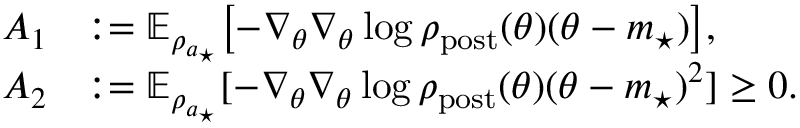
\begin{array} { r l } { A _ { 1 } } & { : = \mathbb { E } _ { \rho _ { a _ { \star } } } \bigl [ - \nabla _ { \theta } \nabla _ { \theta } \log \rho _ { \mathrm { p o s t } } ( \theta ) ( \theta - m _ { \star } ) \bigr ] , } \\ { A _ { 2 } } & { : = \mathbb { E } _ { \rho _ { a _ { \star } } } [ - \nabla _ { \theta } \nabla _ { \theta } \log \rho _ { \mathrm { p o s t } } ( \theta ) ( \theta - m _ { \star } ) ^ { 2 } ] \geq 0 . } \end{array}